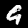
Digit: 9